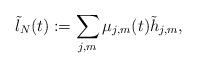
LaTeX: \begin{align*}\tilde l_N(t): = \sum_{j,m} \mu_{j,m}(t) \tilde h_{j,m},\end{align*}